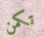
تكمن